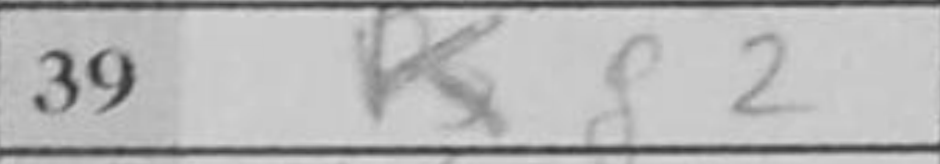
Transcription: Kg2